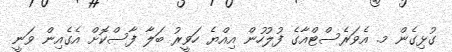
ގުޅިގެން މ. އެވަރެސްޓްއާގެ ފުލުހުން އިއްޔެ ހަވީރު ބަލާ ފާސްކޮށް އެގެއިން ވަނީ